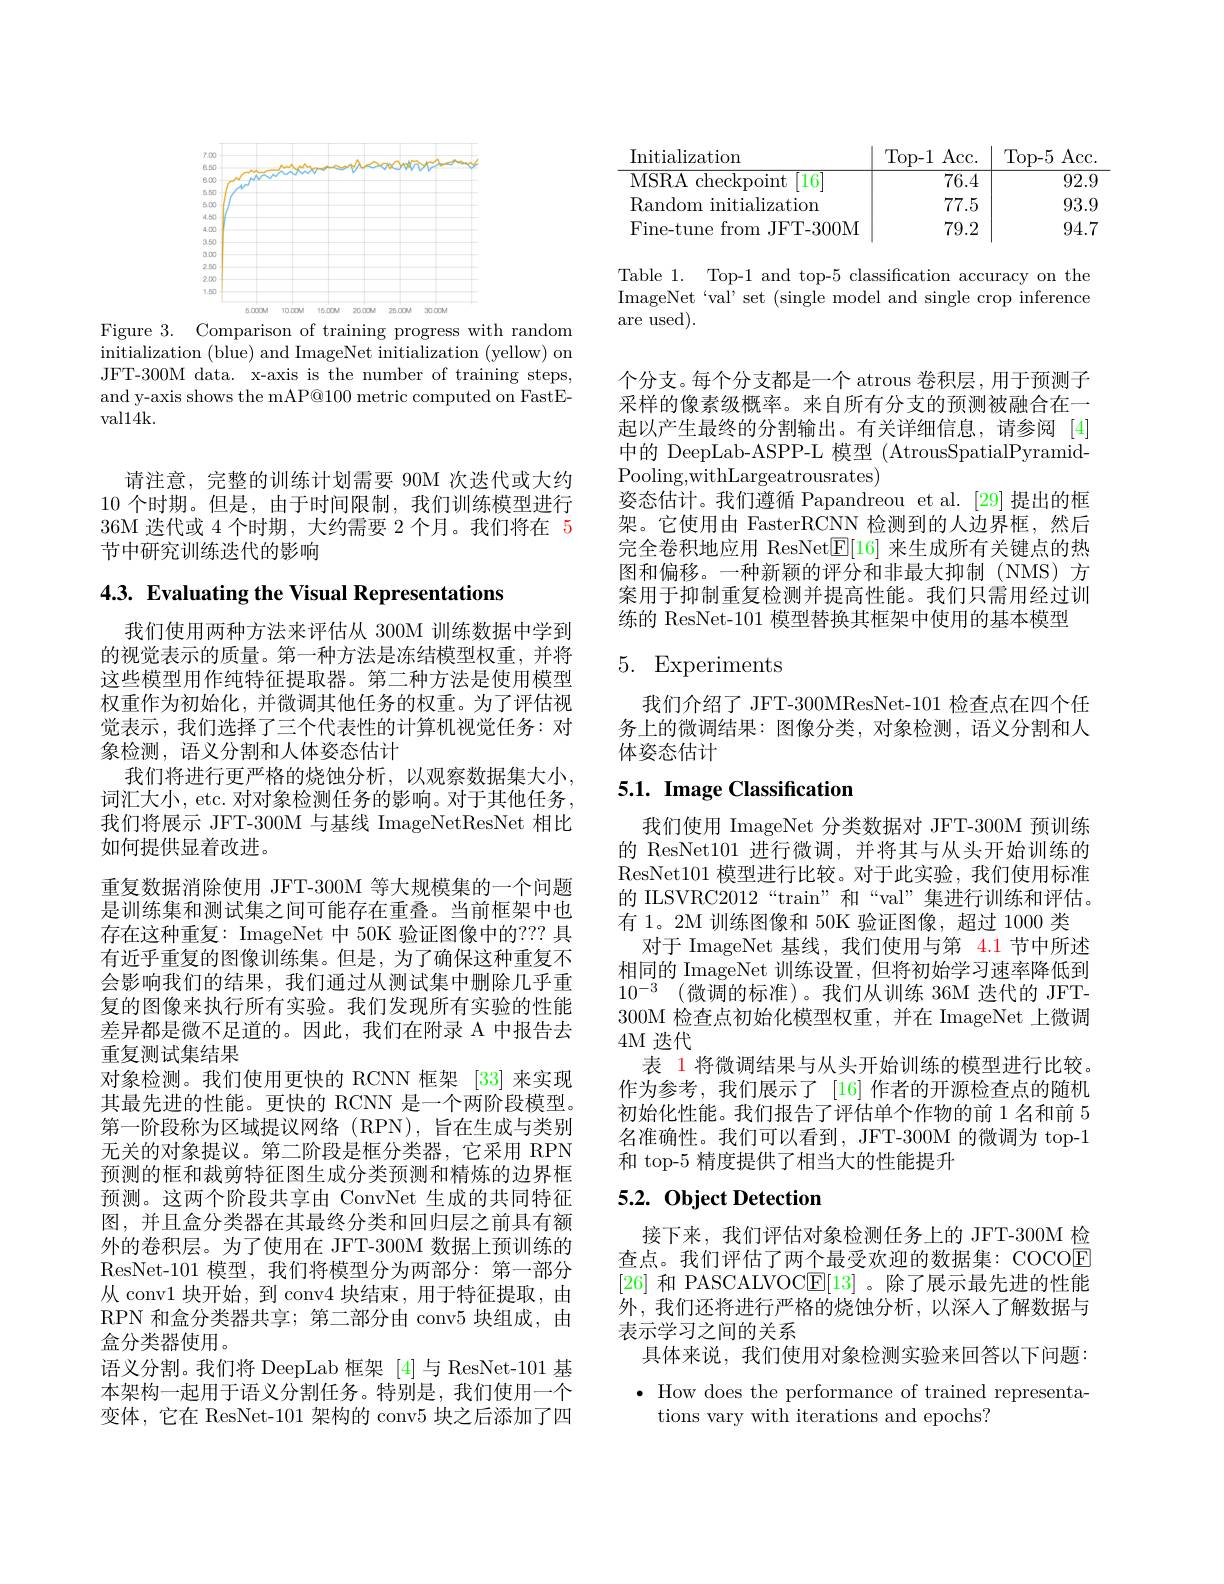
<FigureHere>
Figure 3. Comparison of training progress with random

initialization (blue) and ImageNet initialization (yellow) on JFT-300M data. x-axis is the number of training steps, and y-axis shows the mAP@100 metric computed on FastEval14k.

请注意，完整的训练计划需要 90M 次迭代或大约10个时期。但是，由于时间限制，我们训练模型进行36M 迭代或 4 个时期，大约需要 2 个月。我们将在 5节中研究训练迭代的影响

## 4.3. Evaluating the Visual Representations

我们使用两种方法来评估从 300M 训练数据中学到的视觉表示的质量。第一种方法是冻结模型权重，并将这些模型用作纯特征提取器。第二种方法是使用模型权重作为初始化，并微调其他任务的权重。为了评估视觉表示，我们选择了三个代表性的计算机视觉任务：对象检测，语义分割和人体姿态估计
我们将进行更严格的烧蚀分析，以观察数据集大小， 词汇大小，etc. 对对象检测任务的影响。对于其他任务， 我们将展示 JFT-300M 与基线 ImageNetResNet 相比如何提供显着改进。
重复数据消除使用 JFT-300M 等大规模集的一个问题是训练集和测试集之间可能存在重叠。当前框架中也存在这种重复：ImageNet 中 50K 验证图像中的？? 具有近乎重复的图像训练集。但是，为了确保这种重复不会影响我们的结果，我们通过从测试集中删除几乎重复的图像来执行所有实验。我们发现所有实验的性能差异都是微不足道的。因此，我们在附录 A 中报告去重复测试集结果
对象检测。我们使用更快的 RCNN 框架 [33] 来实现其最先进的性能。更快的 RCNN 是一个两阶段模型。第一阶段称为区域提议网络(RPN),旨在生成与类别无关的对象提议。第二阶段是框分类器，它采用 RPN 预测的框和裁剪特征图生成分类预测和精炼的边界框预测。这两个阶段共享由 ConvNet 生成的共同特征图，并且盒分类器在其最终分类和回归层之前具有额外的卷积层。为了使用在 JFT-300M 数据上预训练的ResNet-101 模型，我们将模型分为两部分：第一部分从 conv1 块开始，到 conv4 块结束，用于特征提取，由RPN 和盒分类器共享；第二部分由 conv5 块组成，由盒分类器使用。
语义分割。我们将 DeepLab 框架 [4]与 ResNet-101 基本架构一起用于语义分割任务。特别是，我们使用一个变体，它在 ResNet-101 架构的 conv5 块之后添加了四

<table>
	<tbody>
		<tr>
			<th>Initializatiom</th>
			<th>Acc. $D-1$ </th>
			<th>Top- 5 ${\text{)Acc}}$</th>
		</tr>
		<tr>
			<td>MSRA checkpoint 16</td>
			<td>76.4</td>
			<td>92.9</td>
		</tr>
		<tr>
			<td>Random initialization</td>
			<td>77.5</td>
			<td>93.9</td>
		</tr>
		<tr>
			<td>Fine-tune from JFT-300M</td>
			<td>79.2</td>
			<td>94.7</td>
		</tr>
	</tbody>
</table>

Table 1. Top-1 and top-5 classification accuracy on the ImageNet`val' set (single model and single crop inference are used).

个分支。每个分支都是一个 atrous 卷积层，用于预测子采样的像素级概率。来自所有分支的预测被融合在一起以产生最终的分割输出。有关详细信息，请参阅[4] 中的 DeepLab-ASPP-L 模型 (AtrousSpatialPyramidPooling,withLargeatrousrates)
姿态估计。我们遵循 Papandreou et al. [29] 提出的框架。它使用由 FasterRCNN 检测到的人边界框，然后完全卷积地应用 ResNet$\mathbb{E}[16]$来生成所有关键点的热图和偏移。一种新颖的评分和非最大抑制(NMS)方案用于抑制重复检测并提高性能。我们只需用经过训练的 ResNet-101 模型替换其框架中使用的基本模型

# 5. Experiments

我们介绍了 JFT-300MResNet-101 检查点在四个任务上的微调结果：图像分类，对象检测，语义分割和人体姿态估计

## 5.1. Image Classification

我们使用 ImageNet 分类数据对 JFT-300M 预训练的 ResNet101进行微调，并将其与从头开始训练的ResNet101 模型进行比较。对于此实验，我们使用标准的 ILSVRC2012“train”和“val”集进行训练和评估。有 1。2M 训练图像和 50K 验证图像，超过 1000 类
对于 ImageNet 基线，我们使用与第 4.1 节中所述相同的 ImageNet 训练设置，但将初始学习速率降低到$10^{- 3}$ (微调的标准)。我们从训练 36M 迭代的 JFT- 300M 检查点初始化模型权重，并在 ImageNet 上微调4M 迭代
表 1 将微调结果与从头开始训练的模型进行比较。作为参考，我们展示了 [16]作者的开源检查点的随机初始化性能。我们报告了评估单个作物的前 1 名和前 5名准确性。我们可以看到，JFT-300M 的微调为 top-1和 top-5 精度提供了相当大的性能提升

## 5.2. Object Detection

接下来，我们评估对象检测任务上的 JFT-300M 检查点。我们评估了两个最受欢迎的数据集：COCOE [26]和 PASCALVOC$\underline{\mathrm{E}}[13]$ 。除了展示最先进的性能外，我们还将进行严格的烧蚀分析，以深人了解数据与表示学习之间的关系
具体来说，我们使用对象检测实验来回答以下问题： $\bullet$ How does the performance of trained representa-

tions vary with iterations and epochs?